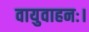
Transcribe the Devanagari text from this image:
वायुवाहनः।